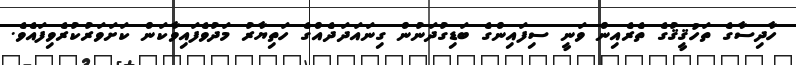
ހާދިސާގެ ތަހުޤީޤުގެ ތެރެއިން ވަނީ ސިފައިންގެ ބަޑިގުދަނުން ގިނައަދަދެއްގެ ހަތިޔާރު މަދުވެފައިވާކަން ކަށަވަރުކުރެވިފައެވެ.